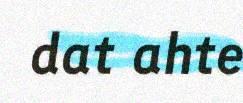
dat ahte